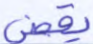
يقضى